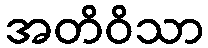
အတိဝိသာ